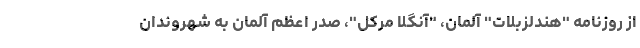
از روزنامه "هندلزبلات" آلمان، "آنگلا مرکل"، صدر اعظم آلمان به شهروندان